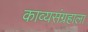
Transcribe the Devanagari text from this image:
काव्यसंग्रहाला